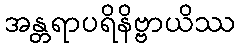
အန္တရာပရိနိဗ္ဗာယိဿ